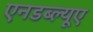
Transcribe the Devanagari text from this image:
एनडब्ल्यूए